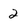
Character: 2